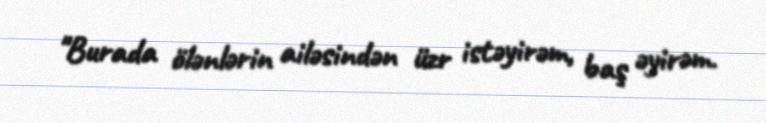
"Burada ölənlərin ailəsindən üzr istəyirəm, baş əyirəm.